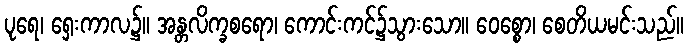
ပုရေ၊ ရှေးကာလ၌။ အန္တလိက္ခစရော၊ ကောင်းကင်၌သွားသော။ ဝေစ္စော၊ စေတိယမင်းသည်။